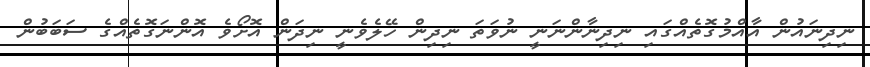
ނިދިނައުން އާއްމުގޮތެއްގައި ނިދިނާންނަނީ ނުވަތަ ނިދިން ހޭލެވެނީ ނިދަން އޮށޯވެ އޮންނަގޮތެއްގެ ސަބަބުން